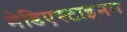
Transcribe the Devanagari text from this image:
मेडिएस्टाइनम